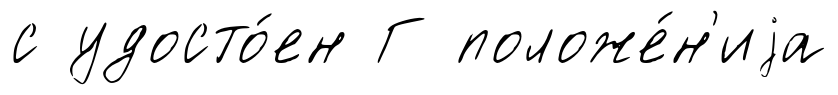
с удосто́ен Г положе́н'иjа